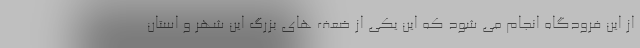
از این فرودگاه انجام می شود که این یکی از ضعف های بزرگ این شهر و استان